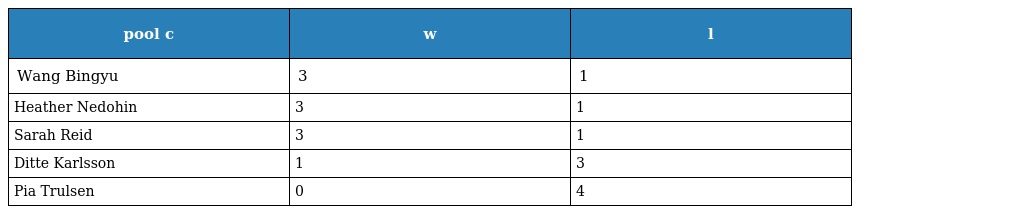
| pool c | w | l |
 | --- | --- | --- |
 | Wang Bingyu | 3 | 1 |
 | Heather Nedohin | 3 | 1 |
 | Sarah Reid | 3 | 1 |
 | Ditte Karlsson | 1 | 3 |
 | Pia Trulsen | 0 | 4 |